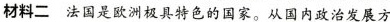
材料二 法国是欧洲极具特色的国家。从国内政治发展方